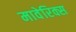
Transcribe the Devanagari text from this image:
मावेरिक्स